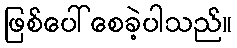
ဖြစ်ပေါ်စေခဲ့ပါသည်။